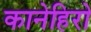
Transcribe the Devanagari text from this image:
कानेहिरो